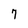
Character: 7